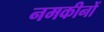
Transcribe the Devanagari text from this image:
नमकीनों